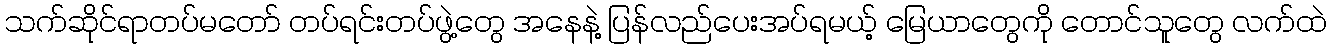
သက်ဆိုင်ရာတပ်မတော် တပ်ရင်းတပ်ဖွဲ့တွေ အနေနဲ့ ပြန်လည်ပေးအပ်ရမယ့် မြေယာတွေကို တောင်သူတွေ လက်ထဲ